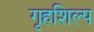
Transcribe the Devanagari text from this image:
गृहशिल्प